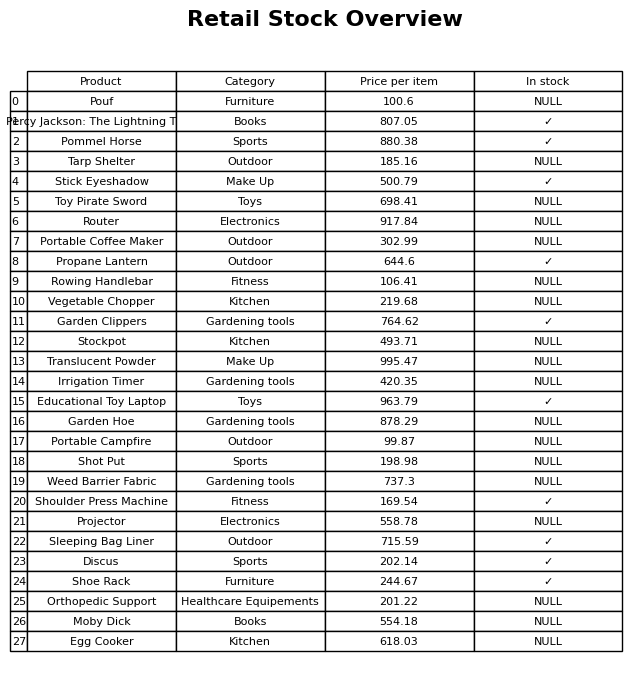
question: Which products are available in stock?
answer: Percy Jackson: The Lightning Thief, Pommel Horse, Stick Eyeshadow, Propane Lantern, Garden Clippers, Educational Toy Laptop, Shoulder Press Machine, Sleeping Bag Liner, Discus, Shoe Rack